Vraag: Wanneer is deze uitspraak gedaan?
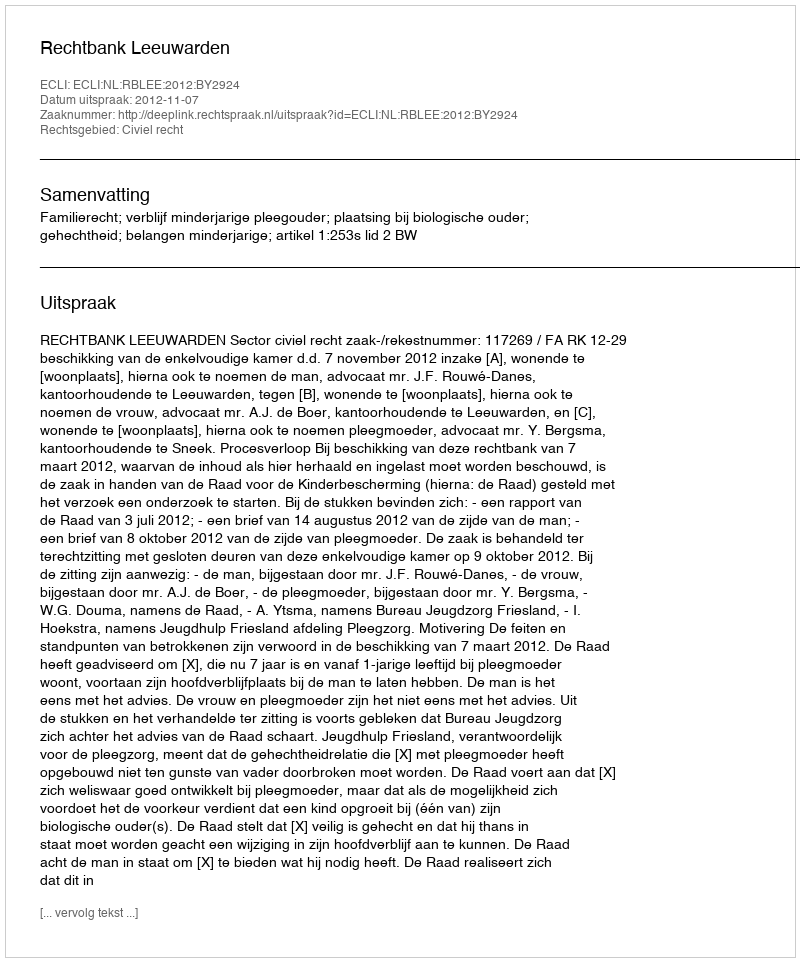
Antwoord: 2012-11-07